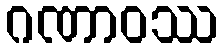
ဂဏာဝဿ